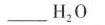
___ H _ { 2 } O$$